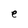
Character: e